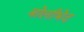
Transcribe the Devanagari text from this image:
बोलीभेद